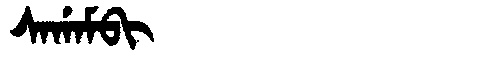
Manchu: ᠰᠠᡤᠠᠮᠪᡳ
Romanization: SAGAMBI